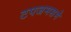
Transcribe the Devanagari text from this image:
टपजमसमे